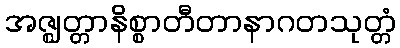
အဇ္ဈတ္တာနိစ္စာတီတာနာဂတသုတ္တံ